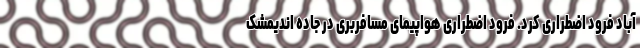
آباد فرود اضطراری کرد. فرود اضطراری هواپیمای مسافربری در جاده اندیمشک